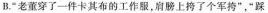
B.“老董穿了一件卡其布的工作服，肩膀上挎了个军持”，“踩